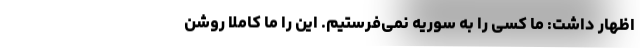
اظهار داشت: ما کسی را به سوریه نمی‌فرستیم. این را ما کاملاً روشن